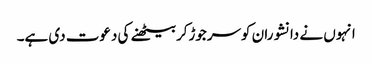
انہوں نے دانشوران کوسرجوڑکربیٹھنے کی دعوت دی ہے۔